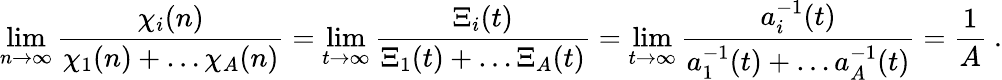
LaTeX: \operatorname*{lim}_{n\to\infty}\frac{\chi_{i}(n)}{\chi_{1}(n)+\ldots\chi_{A}(n)}=\operatorname*{lim}_{t\to\infty}\frac{\Xi_{i}(t)}{\Xi_{1}(t)+\ldots\Xi_{A}(t)}=\operatorname*{lim}_{t\to\infty}\frac{a_{i}^{-1}(t)}{a_{1}^{-1}(t)+\ldots a_{A}^{-1}(t)}=\frac{1}{A}\ .